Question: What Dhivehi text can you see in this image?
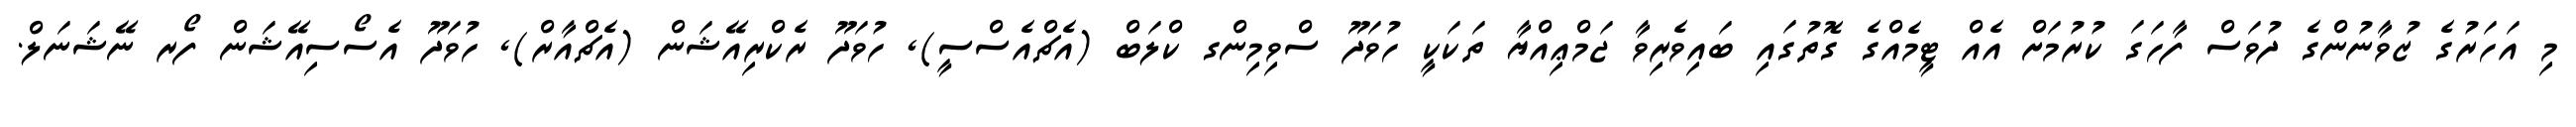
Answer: މި އަހަރުގެ ޒުވާނުންގެ ދުވަސް ފާހަގަ ކުރުމަށް އެއް ޓީމެއްގެ ގޮތުގައި ބައިވެރިވާ ޖަމްޢިއްޔާ ތަކަކީ ހުވަދޫ ސްވިމިންގ ކްލަބް (އެޗްއެސްސީ), ހުވަދޫ ރެކްރިއޭޝަން (އެޗްއާރް), ހުވަދޫ އެސޯސިއޭޝަން ފޯރ ނޭޝަނަލް.